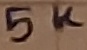
Text: 5K